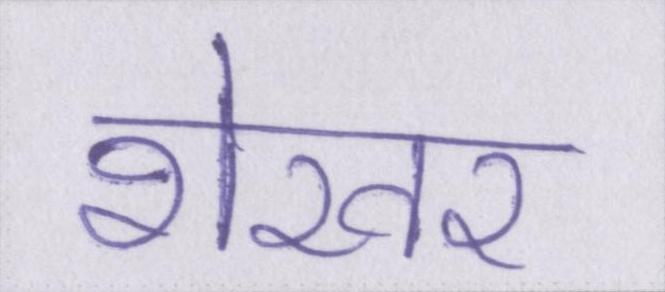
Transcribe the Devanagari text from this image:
शेखर